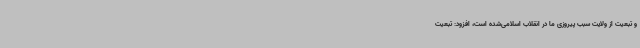
و تبعیت از ولایت سبب پیروزی ما در انقلاب اسلامی‌شده است، افزود: تبعیت